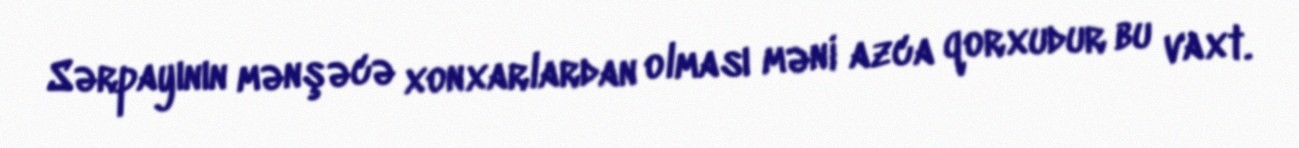
Sərpayının mənşəcə xonxarlardan olması məni azca qorxudur bu vaxt.